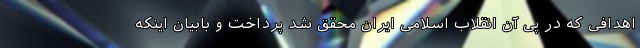
اهدافی که در پی آن انقلاب اسلامی ایران محقق شد پرداخت و بابیان اینکه